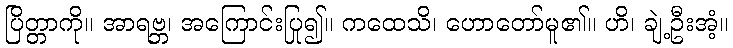
ပြိတ္တာကို။ အာရဗ္ဘ၊ အကြောင်းပြု၍။ ကထေသိ၊ ဟောတော်မူ၏။ ဟိ၊ ချဲ့ဦးအံ့။